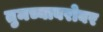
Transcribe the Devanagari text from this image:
तुमच्याबरोबर